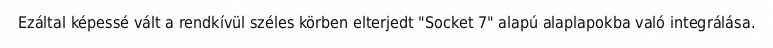
Ezáltal képessé vált a rendkívül széles körben elterjedt "Socket 7" alapú alaplapokba való integrálása.